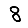
Digit: 8